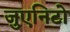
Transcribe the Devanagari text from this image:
जुएनिटो